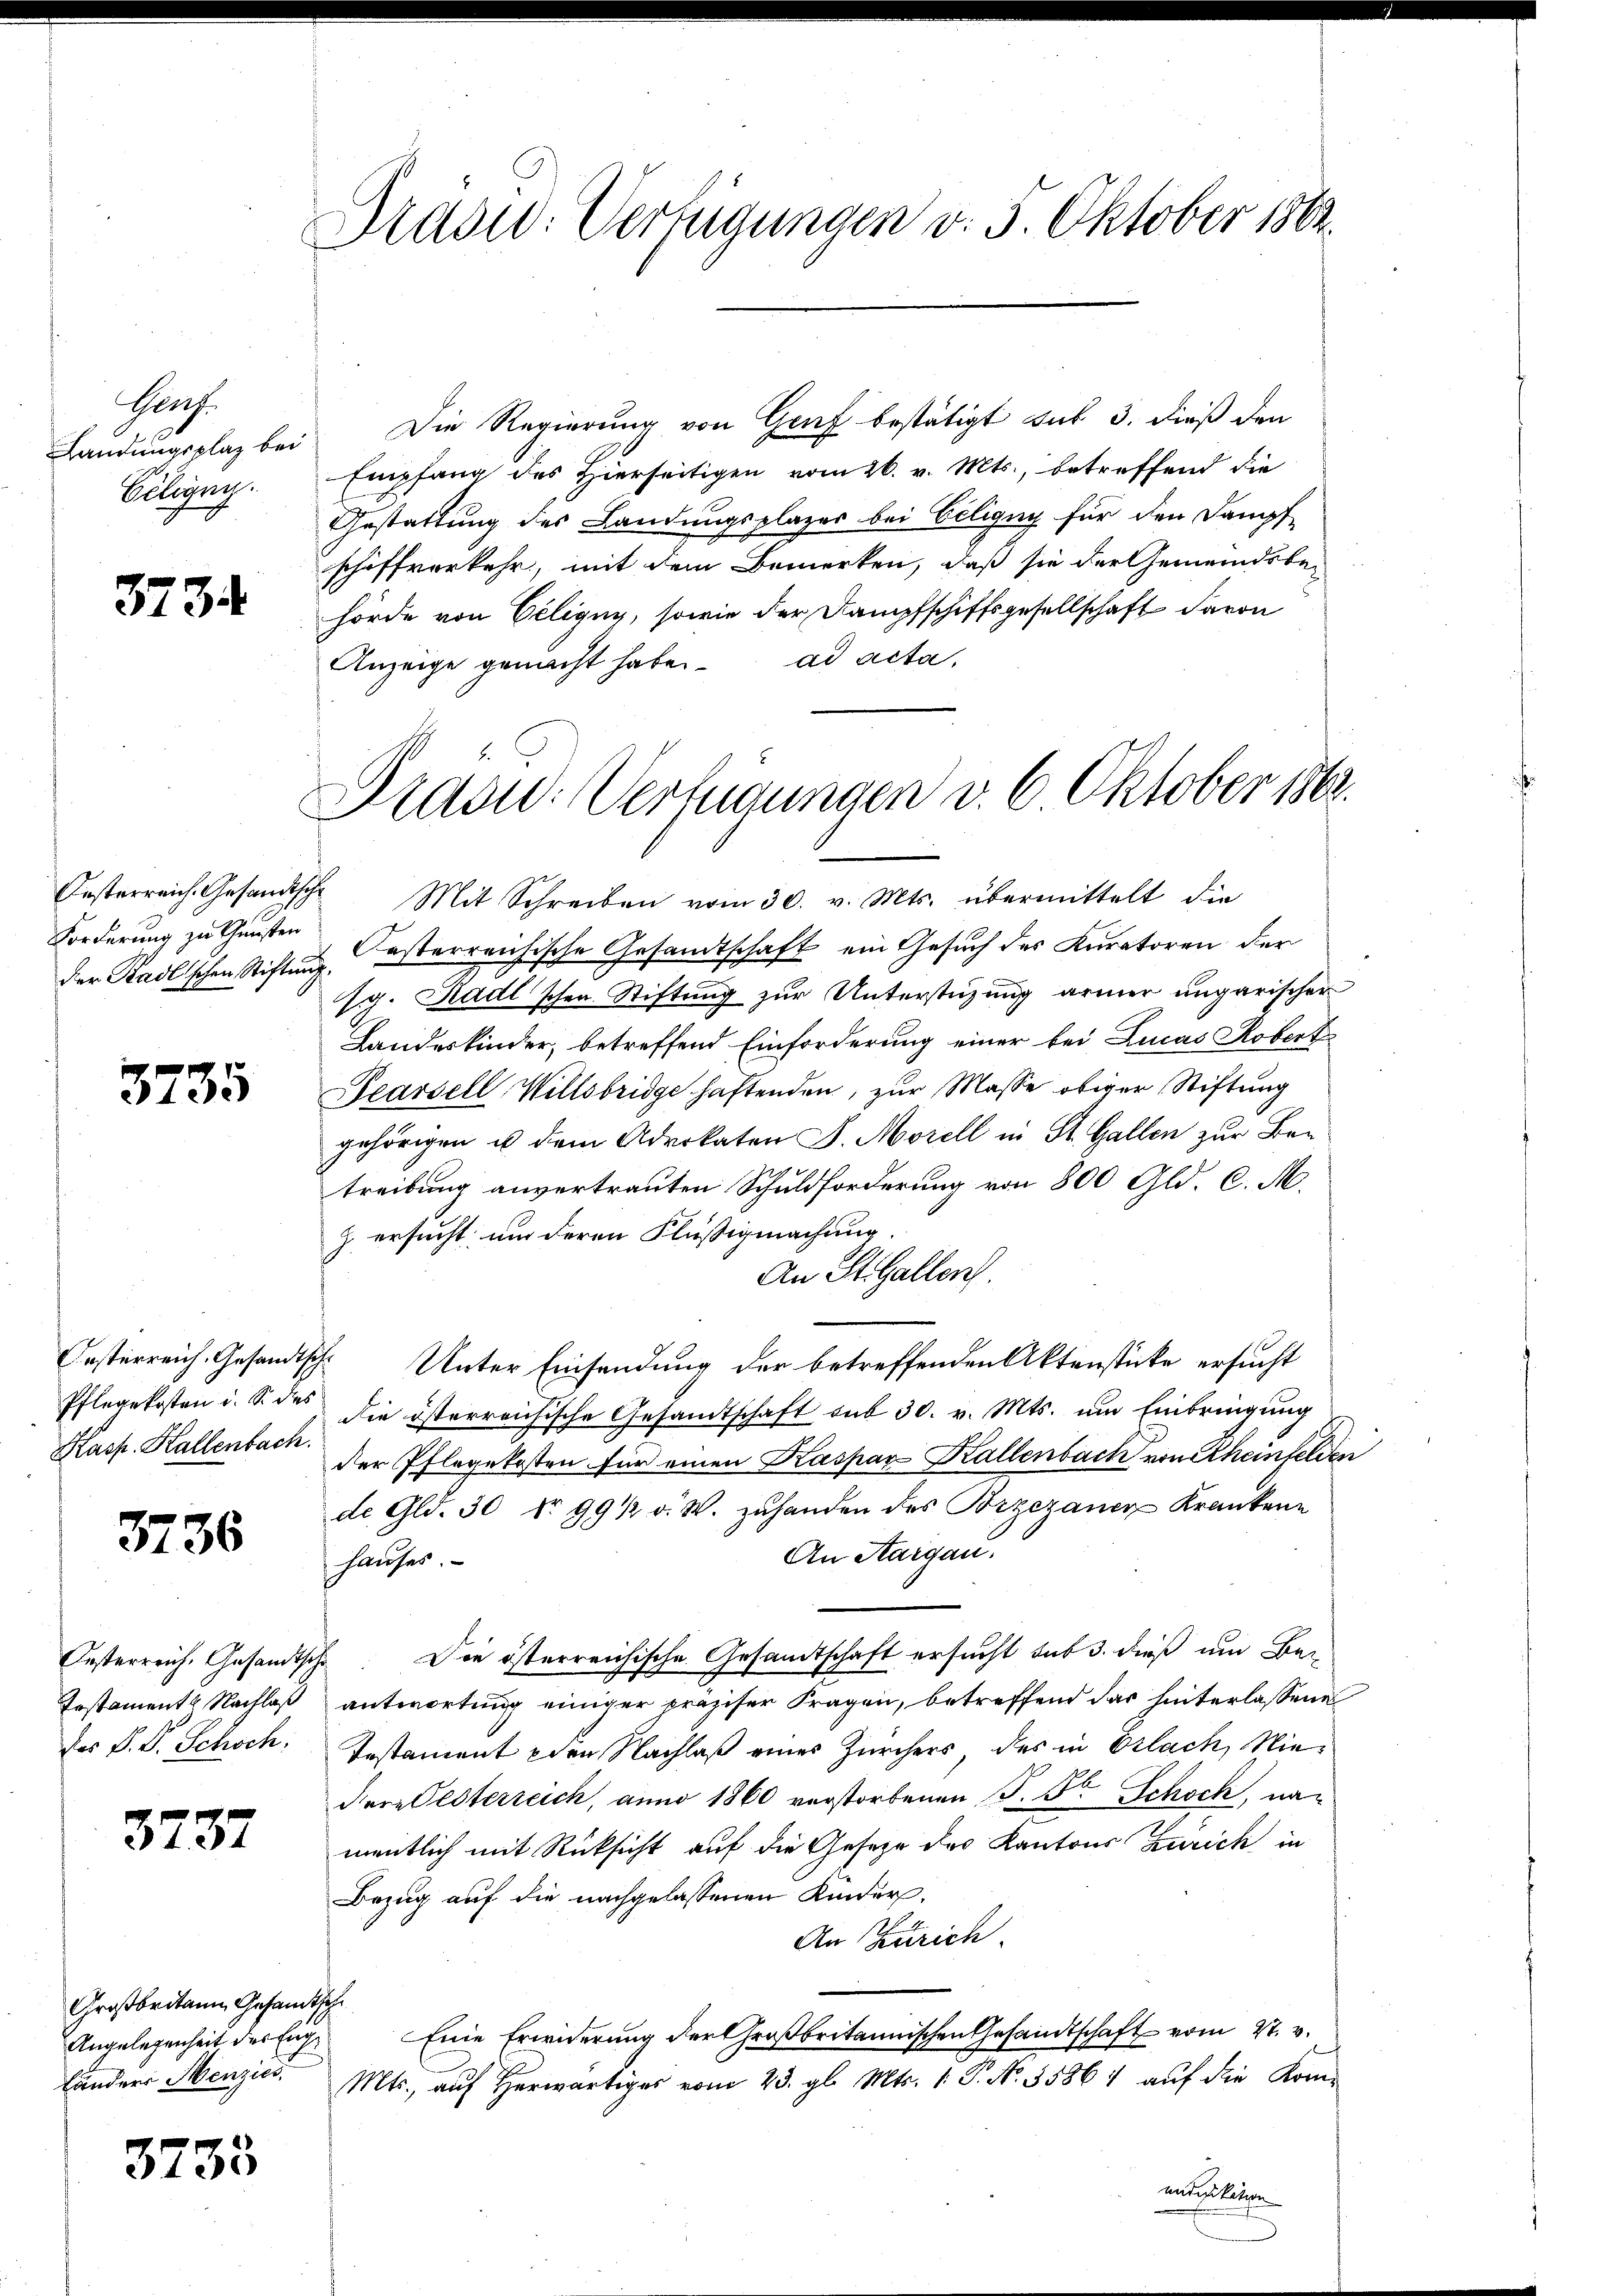
Groth
Ciligen.

3734

Forderung zu Gunsten

3735

Kasp. Kallenbach.

3736

Oesterreich. Gesandtsche
des V. P. Schoch.

3737

Großbritann, Gesandtsche
Angelegenheit des Eige
Landers Menzics.

3733

Dradid. Verfügungen v. 5. Oktober 1882.

Landungsplaz bei. Die Regierung von Genf bestätigt sub 3. dieß den
Empfang des Hierseitigen vom 26. v. Mts., betreffend die
Gestattung des Landungsplazer bei Ciligny für den Dampf
schiffverkehr, mit dem Bemerken, daß sie der Gemeindsbe-
hörde von Ciligui, sowie der Dampfschiffsgesellschaft davon
Anzeige gemacht habe. ad acta,

G
Adowd: Verfügungen v. 6. Oktober 1862.

Oesterreich Gesandtsche Mit Schreiben vom 30. v. Mts. übermittelt die
der Radlischen Stiftungesterreichische Gesandtschaft ein Gesuch des Kuratoren der
sg. Radl'schen Stiftung zur Unterstüzung armer ungarischer
Landeskinder, betreffend Einforderung einer bei Lucas Robert
Pearsell Willsbridge haftenden, zur Masse obiger Stiftung
gehörigen u dem Advokaten J. Morell in St. Gallen zur Betreibung anvertrauten Schuldforderung von 800 Gld. C. M.
z ersucht, um deren Flüßigmachung
An St. Gallen.
Oesterreich. Gesandtsche Unter Einsendung der betreffenden Aktenstücke ersucht
Pflegekosten u. S. des die österreichische Gesandtschaft aus 30. v. Mts. um Einbringung
der Pflegekosten für einen Kaspar Kallenbach von Rheinfelden
de Gld. 30 No 99 1/2 v. W. zuhanden des Brzezanen Krankene
An Haigau.
hauses.
Die österreichische Gesandtschaft ersucht sub 3. dieß um Bei
Testament Nachlaβ antwortung einiger präziser Fragen, betreffend das hinterlassene
Testament den Nachlaß einer Zürchers des in Erlach, Niediere Pesterreich, anno 1860 verstorbenen P. Fr. Schock, namentlich mit Rücksicht auf die Gesetze des Kantons Zürich in
Bezug auf die nachgelassenen Kinder¬
An Zürich.
Eine Erwiderung der Großbritannischen Gesandtschaft vom 27. v.
Mts. aŭf herwärtiger vom 23. gl. Mts. 1. P. No. 35864 aŭf die Kom-
entwicketion